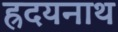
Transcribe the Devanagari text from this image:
ह्रदयनाथ